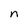
Character: n